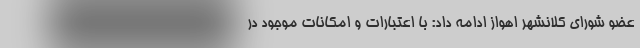
عضو شورای کلانشهر اهواز ادامه داد: با اعتبارات و امکانات موجود در